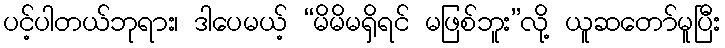
ပင့်ပါတယ်ဘုရား၊ ဒါပေမယ့် “မိမိမရှိရင် မဖြစ်ဘူး”လို့ ယူဆတော်မူပြီး